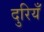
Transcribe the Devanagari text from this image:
दुरियँ